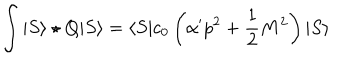
\int | S \rangle \star Q | S \rangle = \langle S | c _ { 0 } \left( \alpha ^ { \prime } p ^ { 2 } + \frac { 1 } { 2 } M ^ { 2 } \right) | S \rangle